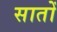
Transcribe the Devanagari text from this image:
सातोँ